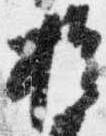
権